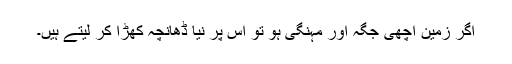
اگر زمین اچھی جگہ اور مہنگی ہو تو اس پر نیا ڈھانچہ کھڑا کر لیتے ہیں۔